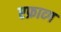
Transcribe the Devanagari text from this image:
एफ्राव्ग